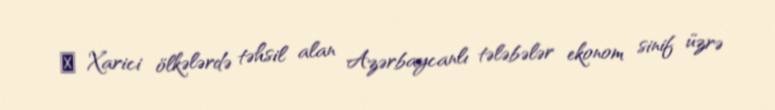
⠀ Xarici ölkələrdə təhsil alan Azərbaycanlı tələbələr ekonom sinif üzrə